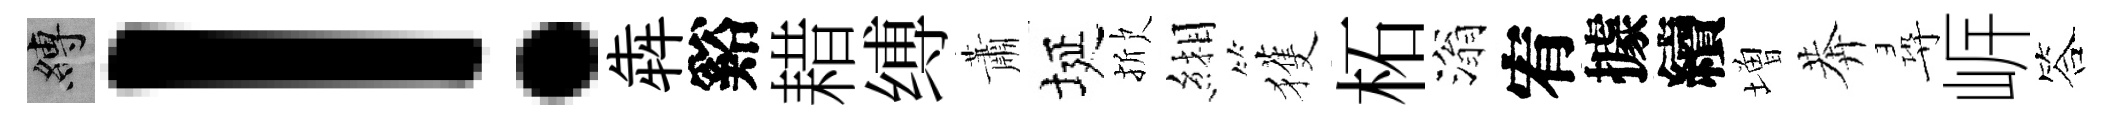
縛！犇谿耤缚蕭埏掀緗獲柘滃宥據續増莾尋㟁答